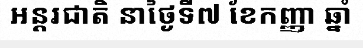
អន្តរជាតិ នាថ្ងៃទី៧ ខែកញ្ញា ឆ្នាំ